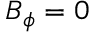
B _ { \phi } = 0